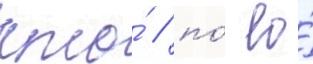
кто́ / по́ ео́